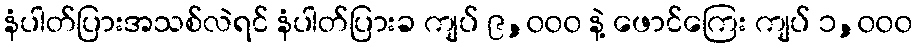
နံပါတ်ပြားအသစ်လဲရင် နံပါတ်ပြားခ ကျပ် ၉,၀၀၀ နဲ့ ဖောင်ကြေး ကျပ် ၁,၀၀၀